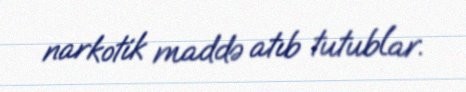
narkotik maddə atıb tutublar.